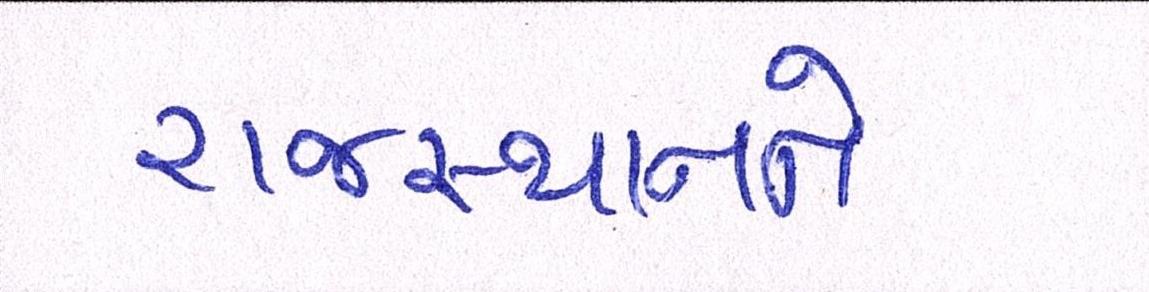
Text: રાજસ્થાનને